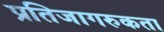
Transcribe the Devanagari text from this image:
प्रतिजागरुकता